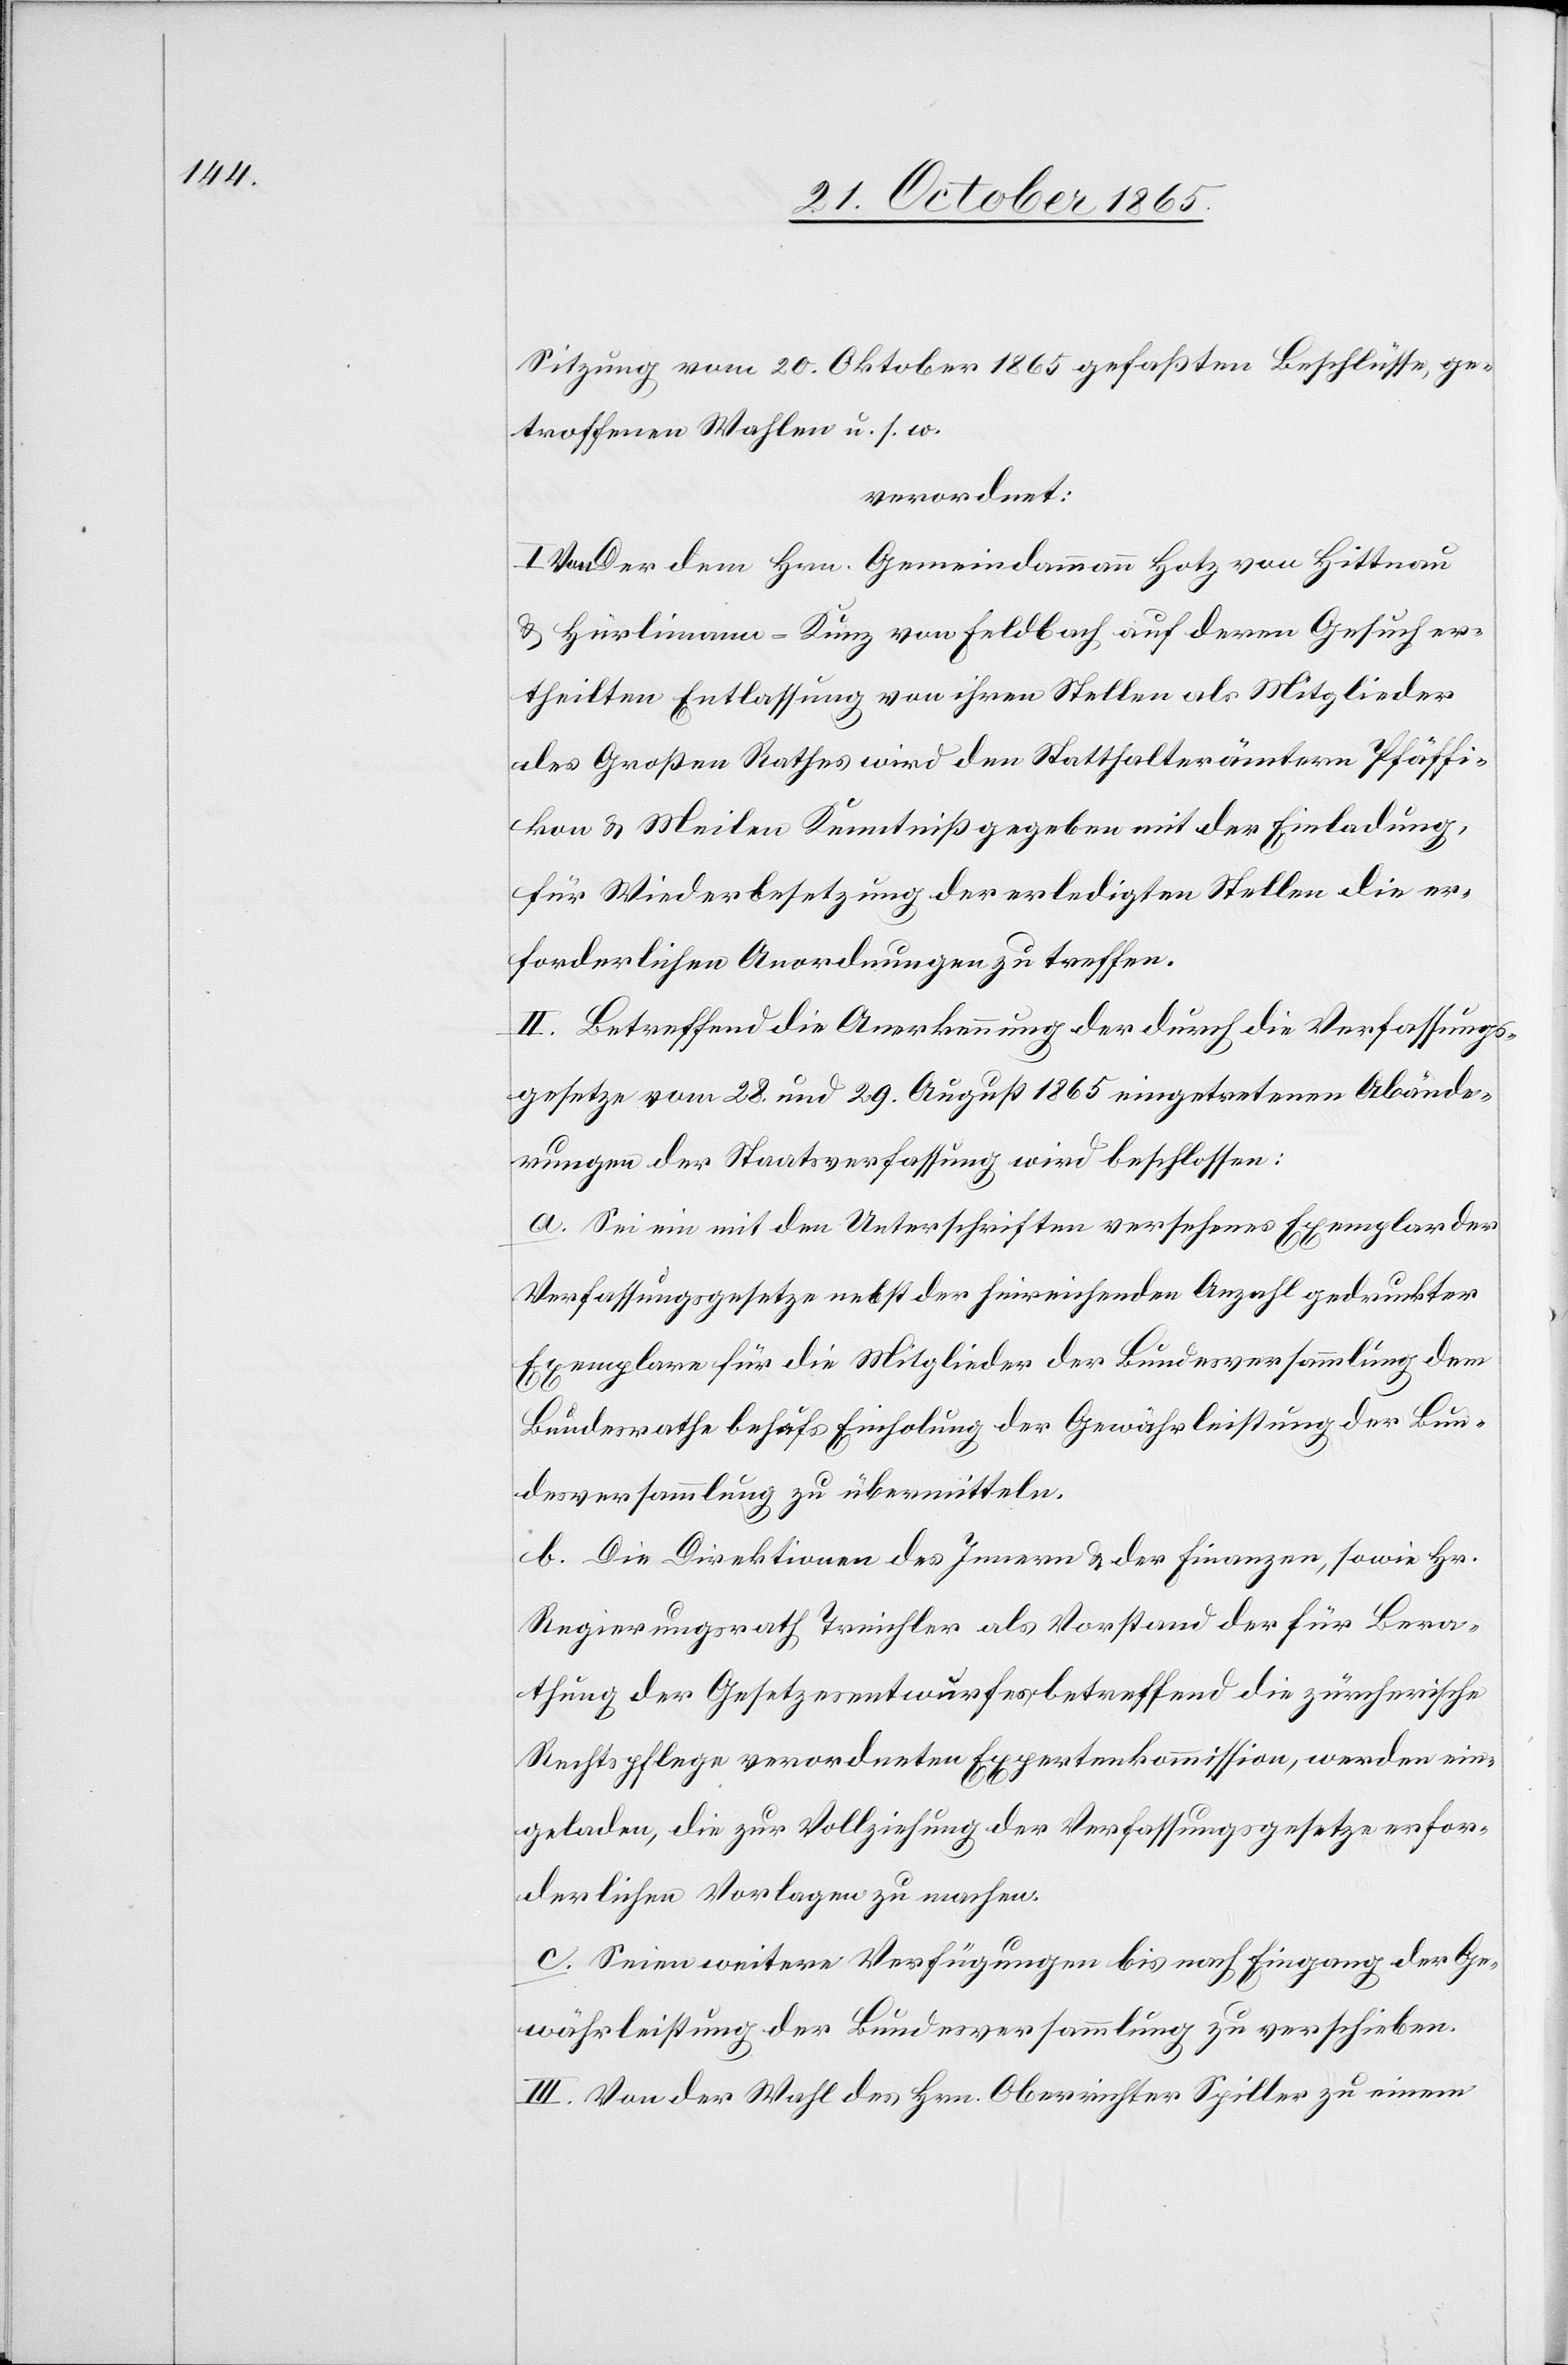
thung

Sitzung vom 20. Oktober 1865 gefaßten Beschlüsse, ge¬
troffenen Wahlen u. s. w.
verordnet:
I. Von der dem Hrn. Gemeindammann Hotz von Hittnau
& Hürlimann-Kunz von Feldbach auf deren Gesuch er¬
theilten Entlassung von ihren Stellen als Mitglieder
des Großen Rathes wird den Statthalterämtern Pfäffi¬
kon & Meilen Kenntniß gegeben mit der Einladung,
für Wiederbesetzung der erledigten Stellen die er¬
forderlichen Anordnungen zu treffen.
II. Betreffend die Anerkennung der durch die Verfassungs¬
gesetze vom 28. und 29. August 1865 eingetretenen Abände¬
rungen der Staatsverfassung wird beschlossen:
a. Sei ein mit den Unterschriften versehenes Exemplar der
Verfassungsgesetze nebst der hinreichenden Anzahl gedruckter
Exemplare für die Mitglieder der Bundesversammlung dem
Bundesrathe behufs Einholung der Gewährleistung der Bun¬
desversammlung zu übermitteln.
b. Die Direktionen des Innern & der Finanzen, sowie Hr.
Regierungsrath Treichler als Vorstand der für Bera¬
Rechtspflege verordneten Expertenkommission, werden ein¬
geladen, die zur Vollziehung der Verfassungsgesetze erfor¬
derlichen Vorlagen zu machen.
c. Seien weitere Verfügungen bis nach Eingang der Ge¬
währleistung der Bundesversammlung zu verschieben.
III. Von der Wahl des Hrn. Oberrichter Spiller zu einem